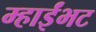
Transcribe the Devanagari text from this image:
म्हाईंभट